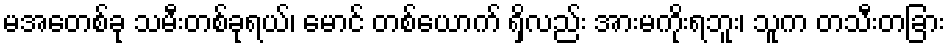
မအေတစ်ခု သမီးတစ်ခုရယ်၊ မောင် တစ်ယောက် ရှိလည်း အားမကိုးရဘူး၊ သူက တသီးတခြား